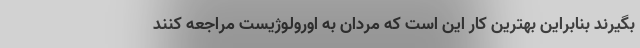
بگیرند بنابراین بهترین کار این است که مردان به اورولوژیست مراجعه کنند